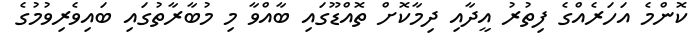
ކޮންމެ އަހަރެއްގެ ފިތުރު އީދާއި ދިމާކޮށް ތޮއްޑޫގައި ބާއްވާ މި މުބާރާތުގައި ބައިވެރިވުމުގެ